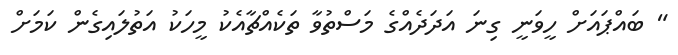
" ބައްޕައަށް ހީވަނީ ގިނަ އަދަދެއްގެ މަސްތުވާ ތަކެއްޗާއެކު މީހަކު އަތުލައިގެން ކަމަށް